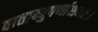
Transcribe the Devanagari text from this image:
वाताम्बुपर्णाशनाः।